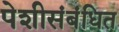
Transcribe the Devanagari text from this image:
पेशीसंबंधित